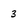
Character: 3